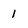
Character: 1